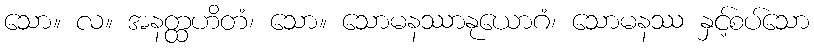
သော။ လ။ အနတ္ထဟိတံ၊ သော။ သောမနဿာနုယောဂံ၊ သောမနဿ နှင့်စပ်သော